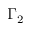
\Gamma _ { 2 }